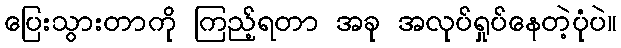
ပြေးသွားတာကို ကြည့်ရတာ အခု အလုပ်ရှုပ်နေတဲ့ပုံပဲ။